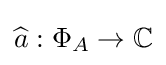
{\widehat {a}}:\Phi _{A}\to {\mathbb {C} }